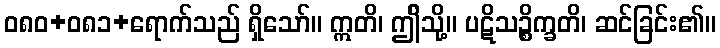
ဝ၈၀+၀၈၁+ရောက်သည် ရှိသော်။ ဣတိ၊ ဤိသို့။ ပဋိသဉ္စိက္ခတိ၊ ဆင်ခြင်း၏။